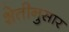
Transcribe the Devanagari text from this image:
शेतीनुसार